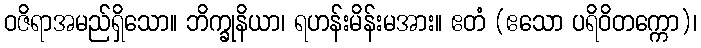
ဝဇိရာအမည်ရှိသော။ ဘိက္ခုနိယာ၊ ရဟန်းမိန်းမအား။ ဧတံ (ဧသော ပရိဝိတက္ကော)၊